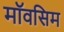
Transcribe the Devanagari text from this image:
मॉवसिम